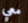
معي